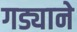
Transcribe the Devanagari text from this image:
गड्याने